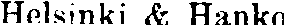
Helsinki & Hanko